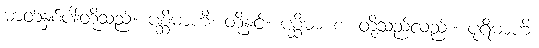
ဓာတ်နှစ်ပါးတို့သည်။ ပစ္ဆိမာဟိ၊ တို့နှင့်။ ပစ္ဆိမာ စ၊ တို့သည်လည်း။ ပုရိမာဟိ၊